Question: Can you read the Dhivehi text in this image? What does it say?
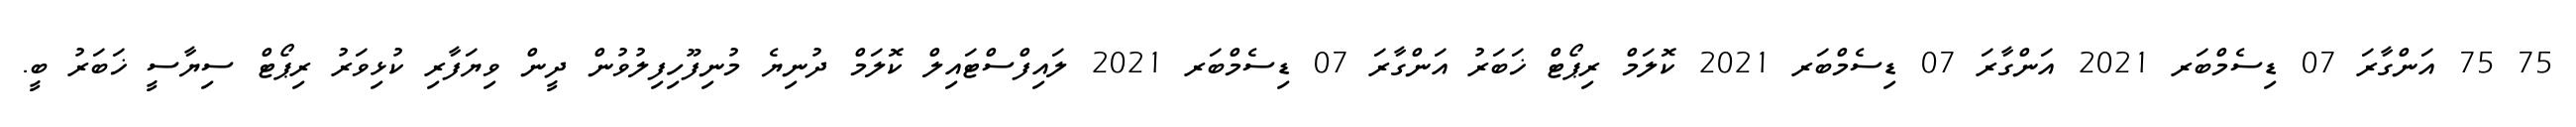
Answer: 75 75 އަންގާރަ 07 ޑިސެމްބަރ 2021 އަންގާރަ 07 ޑިސެމްބަރ 2021 ކޮލަމް ރިޕޯޓް ޚަބަރު އަންގާރަ 07 ޑިސެމްބަރ 2021 ލައިފްސްޓައިލް ކޮލަމް ދުނިޔެ މުނިފޫހިފިލުވުން ދީން ވިޔަފާރި ކުޅިވަރު ރިޕޯޓް ސިޔާސީ ޚަބަރު ބީ.